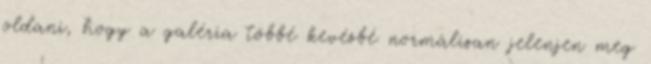
oldani, hogy a galéria többé kevésbé normálisan jelenjen meg